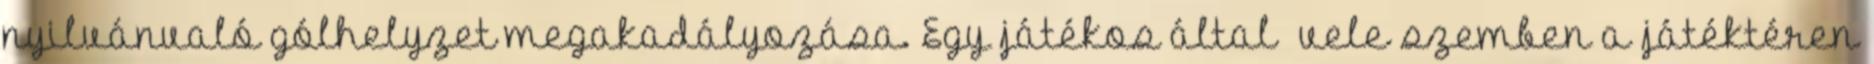
nyilvánvaló gólhelyzet megakadályozása. Egy játékos által vele szemben a játéktéren